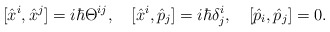
\begin{align*}[\hat x^{i}, \hat x^{j}]=i\hbar \Theta^{ij}, \quad [\hat x^{i}, \hat p_{j}]=i \hbar\delta ^{i} _{j}, \quad [\hat p_{i}, \hat p_{j}]=0.\end{align*}